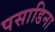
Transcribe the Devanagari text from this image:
पसाडिना